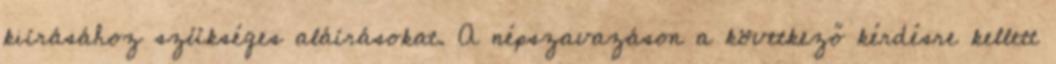
kiírásához szükséges aláírásokat. A népszavazáson a következő kérdésre kellett